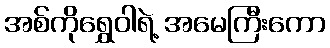
အစ်ကိုရွှေဝါရဲ့ အမေကြီးကော